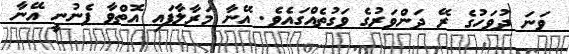
ވަނަ ދުވަހުގެ ރޭ ދަންވަރުގެ ވަގުތެއްގައެވެ. އޭނާ މަރާލާފައި އޮތްވާ ފެނުނީ އޭނާ